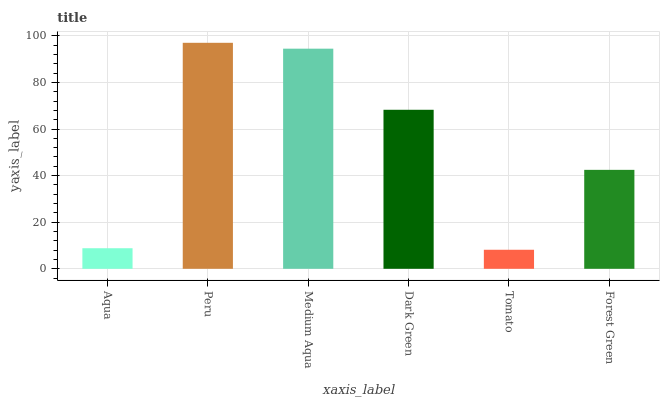
| xaxis_label | bars |
 | --- | --- |
 | Aqua | 8.83 |
 | Peru | 97 |
 | Medium Aqua | 94.5 |
 | Dark Green | 68.3 |
 | Tomato | 8.18 |
 | Forest Green | 42.5 |